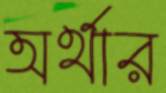
অর্থার